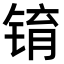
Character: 𫓾